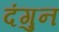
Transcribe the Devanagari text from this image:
दंगुन